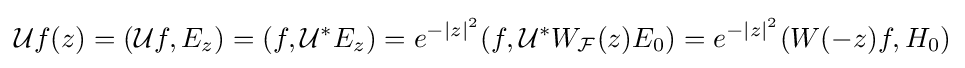
{\mathcal {U}}f(z)=({\mathcal {U}}f,E_{z})=(f,{\mathcal {U}}^{*}E_{z})=e^{-|z|^{2}}(f,{\mathcal {U}}^{*}W_{\mathcal {F}}(z)E_{0})=e^{-|z|^{2}}(W(-z)f,H_{0})